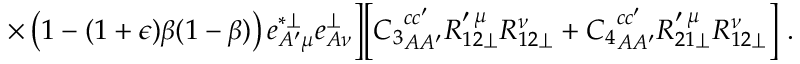
\times \left( 1 - ( 1 + \epsilon ) \beta ( 1 - \beta ) \right) e _ { A ^ { \prime } \mu } ^ { * \perp } e _ { A \nu } ^ { \perp } \biggr ] \biggl [ { C _ { 3 } } _ { A A ^ { \prime } } ^ { c c ^ { \prime } } R _ { 1 2 \perp } ^ { \prime \: \mu } R _ { 1 2 \perp } ^ { \nu } + { C _ { 4 } } _ { A A ^ { \prime } } ^ { c c ^ { \prime } } R _ { 2 1 \perp } ^ { \prime \: \mu } R _ { 1 2 \perp } ^ { \nu } \biggr ] ~ .